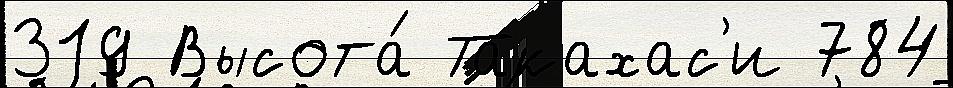
319 Высота́ Такахас'и 784